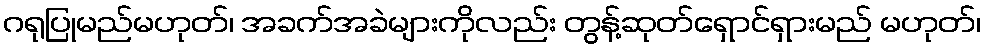
ဂရုပြုမည်မဟုတ်၊ အခက်အခဲများကိုလည်း တွန့်ဆုတ်ရှောင်ရှားမည် မဟုတ်၊